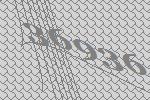
36936